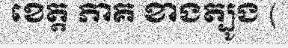
ខេត្ត ភាគ ខាងត្បូង (